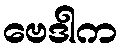
ဗေဒါက